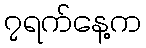
၇ရက်နေ့က